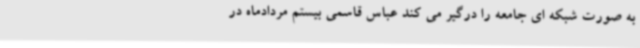
به صورت شبکه ای جامعه را درگیر می کند عباس قاسمی بیستم مردادماه در